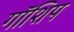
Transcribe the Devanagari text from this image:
गॉशिप